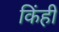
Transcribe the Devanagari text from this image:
किंही